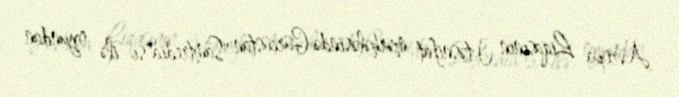
Avropa Liqasının I təsnifat mərhələsində Gürcüstan "Samtredia"sı ilə oyundan